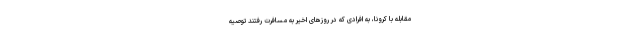
مقابله با کرونا، به افرادی که در روزهای اخیر به مسافرت رفتند توصیه